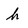
Character: h